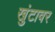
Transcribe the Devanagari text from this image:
खुंटावर